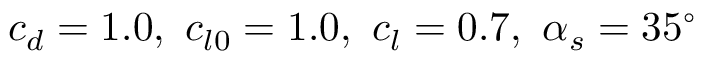
c _ { d } = 1 . 0 , ~ c _ { l 0 } = 1 . 0 , ~ c _ { l } = 0 . 7 , ~ \alpha _ { s } = 3 5 ^ { \circ }